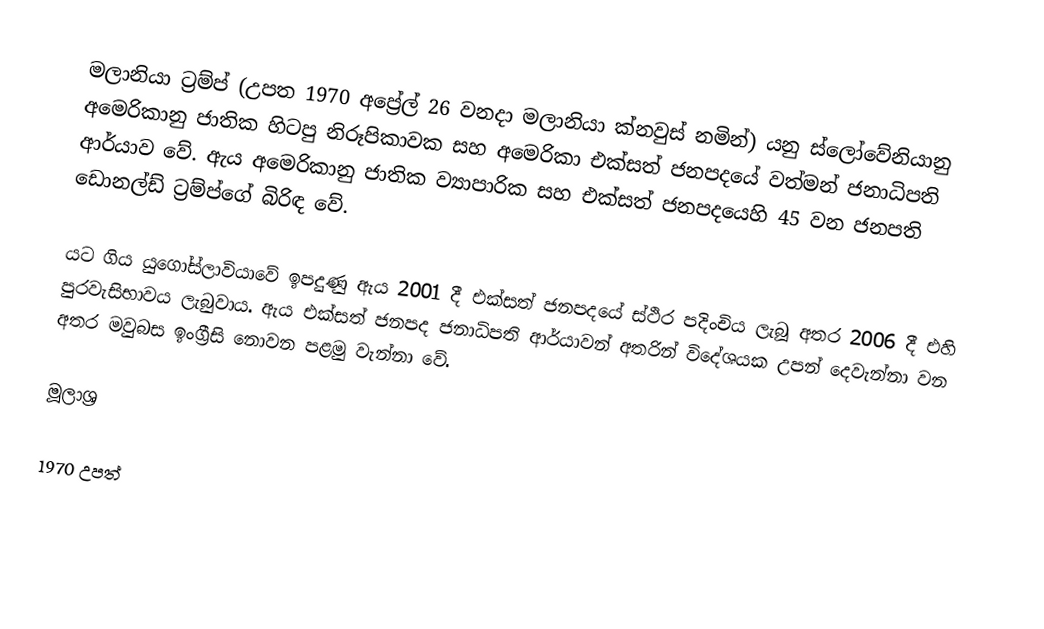
මලානියා ට්‍රම්ප් (උපත 1970 අප්‍රේල් 26 වනදා මලානියා ක්නවුස් නමින්) යනු ස්ලෝවේනියානු අමෙරිකානු ජාතික හිටපු නිරූපිකාවක සහ අමෙරිකා එක්සත් ජනපදයේ වත්මන් ජනාධිපති ආර්යාව වේ. ඇය අමෙරිකානු ජාතික ව්‍යාපාරික සහ එක්සත් ජනපදයෙහි 45 වන ජනපති ඩොනල්ඩ් ට්‍රම්ප්ගේ බිරිඳ වේ.

යට ගිය යුගෝස්ලාවියාවේ ඉපදුණු ඇය 2001 දී එක්සත් ජනපදයේ ස්ථිර පදිංචිය ලැබූ අතර 2006 දී එහි පුරවැසිභාවය ලැබුවාය. ඇය එක්සත් ජනපද ජනාධිපති ආර්යාවන් අතරින් විදේශයක උපන් දෙවැන්නා වන අතර මවුබස ඉංග්‍රීසි නොවන පළමු වැන්නා වේ.

මූලාශ්‍ර

1970 උපත්